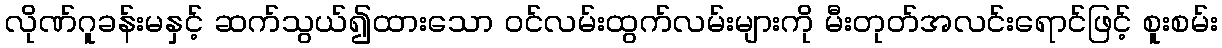
လိုဏ်ဂူခန်းမနှင့် ဆက်သွယ်၍ထားသော ဝင်လမ်းထွက်လမ်းများကို မီးတုတ်အလင်းရောင်ဖြင့် စူးစမ်း